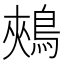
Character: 鵊